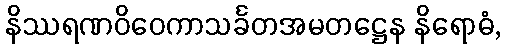
နိဿရဏဝိဝေကာသင်္ခတအမတဋ္ဌေန နိရောဓံ,